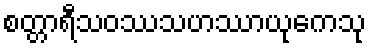
စတ္တာရီသဝဿသဟဿာယုကေသု